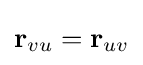
\mathbf {r} _{vu}=\mathbf {r} _{uv}